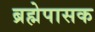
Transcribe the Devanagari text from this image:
ब्रह्मेपासक